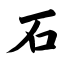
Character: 石